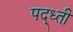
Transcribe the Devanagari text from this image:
पद्ध्ती